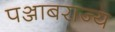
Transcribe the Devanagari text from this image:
पञ्जाबराज्य